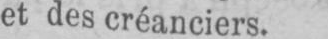
et des créanciers.